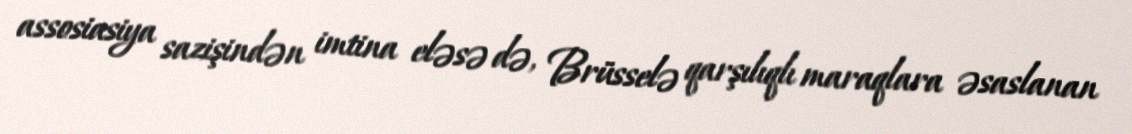
assosiasiya sazişindən imtina eləsə də, Brüsselə qarşılıqlı maraqlara əsaslanan